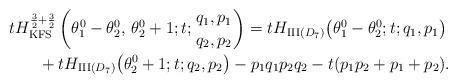
LaTeX: \begin{gather*} tH_{\mathrm{KFS}}^{\frac32+\frac32}\left({\theta^0_1-\theta^0_2,\, \theta^0_2+1}; t; {q_1,p_1 \atop q_2,p_2}\right) =tH_{\mathrm{III}(D_7)}\big(\theta^0_1-\theta^0_2; t; q_1,p_1\big)\\ \qquad{}+tH_{\mathrm{III}(D_7)}\big(\theta^0_2+1; t; q_2,p_2\big)-p_1q_1p_2q_2-t(p_1p_2+p_1+p_2).\end{gather*}